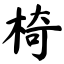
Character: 椅